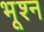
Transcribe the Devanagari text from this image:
भूश्न